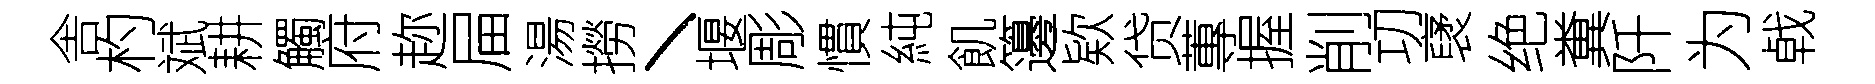
舎杓斌耕觸府趂屇湯撈丶堰彫慣純飢籩欵贷蓴握削㓛裦绝糞阡为㦸